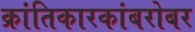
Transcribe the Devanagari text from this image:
क्रांतिकारकांबरोबर